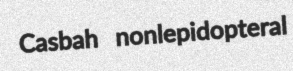
Casbah nonlepidopteral